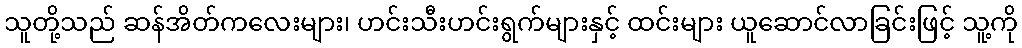
သူတို့သည် ဆန်အိတ်ကလေးများ၊ ဟင်းသီးဟင်းရွက်များနှင့် ထင်းများ ယူဆောင်လာခြင်းဖြင့် သူ့ကို